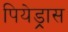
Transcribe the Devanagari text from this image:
पियेड्रास